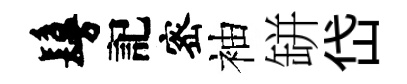
鬘記宻袖缾岱